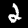
Digit: 2